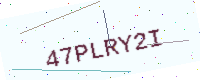
Text: 47PLRY2I